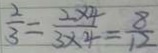
\frac { 2 } { 3 } = \frac { 2 \times 4 } { 3 \times 4 } = \frac { 8 } { 1 2 }